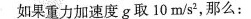
如果重力加速度g取10m/s^{2}，那么：